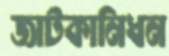
জাটকানিধন